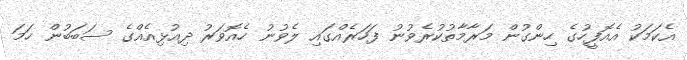
އެކަމަކު އެއޮފީހުގެ ހިންގުން މަރާމާތުކުރެވުނު ފަހަރެއްގައި ލެވުނު ހެއޮވަރު ދިއުޅިއެއްގެ ސަބަބުން ހަމަ